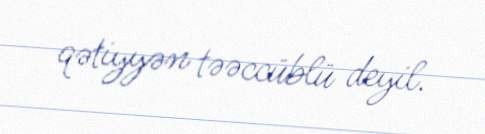
qətiyyən təəccüblü deyil.